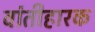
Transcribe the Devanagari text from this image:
वांतीहारक